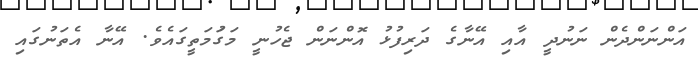
އަންނަންދެން ނަނުދީ އާއި އޭނާގެ ދަރިފުޅު އޮންނަން ޖެހުނީ މަގުަމަތީގައެވެ. އޭނާ އެތަނުގައި